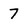
Character: 7